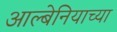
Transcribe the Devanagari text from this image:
आल्बेनियाच्या